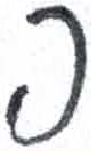
אות: ה